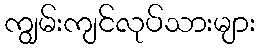
ကျွမ်းကျင်လုပ်သားများ